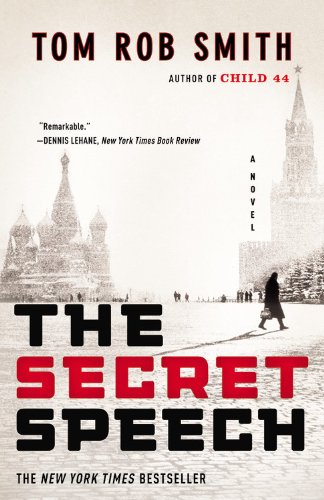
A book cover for The Secret Speech (The Child 44 Trilogy); Tom Rob Smith; Mystery, Thriller & Suspense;